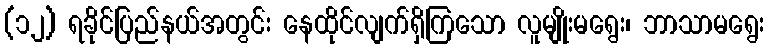
(၁၂) ရခိုင်ပြည်နယ်အတွင်း နေထိုင်လျက်ရှိကြသော လူမျိုးမရွေး၊ ဘာသာမရွေး